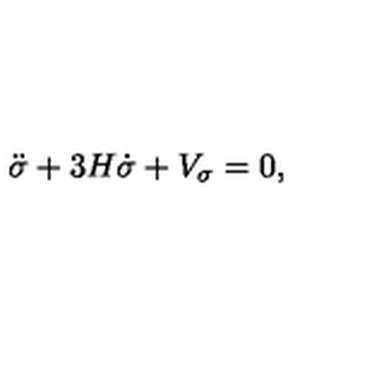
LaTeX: \ddot { \sigma } + 3 H \dot { \sigma } + V _ { \sigma } = 0 ,